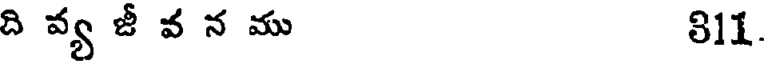
ది వ్య జీ వ న ము 811.